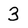
Character: 3